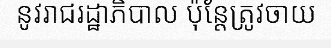
នូវរាជរដ្ឋាភិបាល ប៉ុន្តែត្រូវចាយ